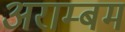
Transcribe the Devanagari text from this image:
अराम्बम